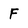
Character: F